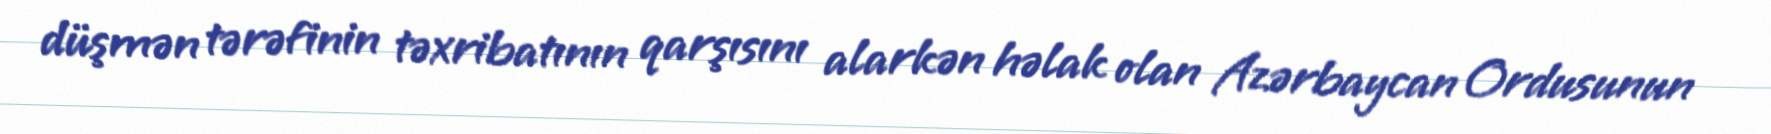
düşmən tərəfinin təxribatının qarşısını alarkən həlak olan Azərbaycan Ordusunun